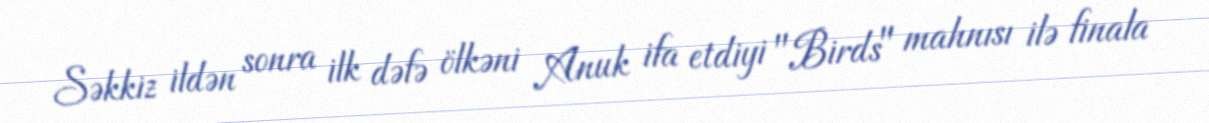
Səkkiz ildən sonra ilk dəfə ölkəni Anuk ifa etdiyi "Birds" mahnısı ilə finala